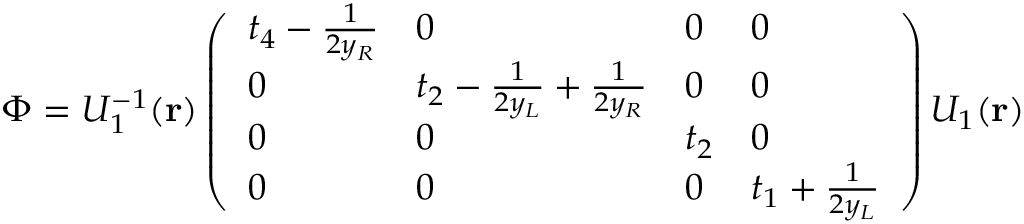
\Phi = U _ { 1 } ^ { - 1 } ( { \bf r } ) \left( \begin{array} { l l l l } { { t _ { 4 } - { \frac { 1 } { 2 y _ { R } } } } } & { { 0 } } & { { 0 } } & { { 0 } } \\ { { 0 } } & { { t _ { 2 } - { \frac { 1 } { 2 y _ { L } } } + { \frac { 1 } { 2 y _ { R } } } } } & { { 0 } } & { { 0 } } \\ { { 0 } } & { { 0 } } & { { t _ { 2 } } } & { { 0 } } \\ { { 0 } } & { { 0 } } & { { 0 } } & { { t _ { 1 } + { \frac { 1 } { 2 y _ { L } } } } } \end{array} \right) U _ { 1 } ( { \bf r } )